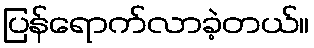
ပြန်ရောက်လာခဲ့တယ်။